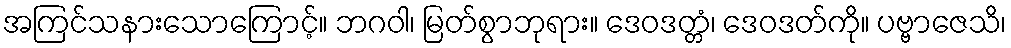
အကြင်သနားသောကြောင့်။ ဘဂဝါ၊ မြတ်စွာဘုရား။ ဒေဝဒတ္တံ၊ ဒေဝဒတ်ကို။ ပဗ္ဗာဇေသိ၊